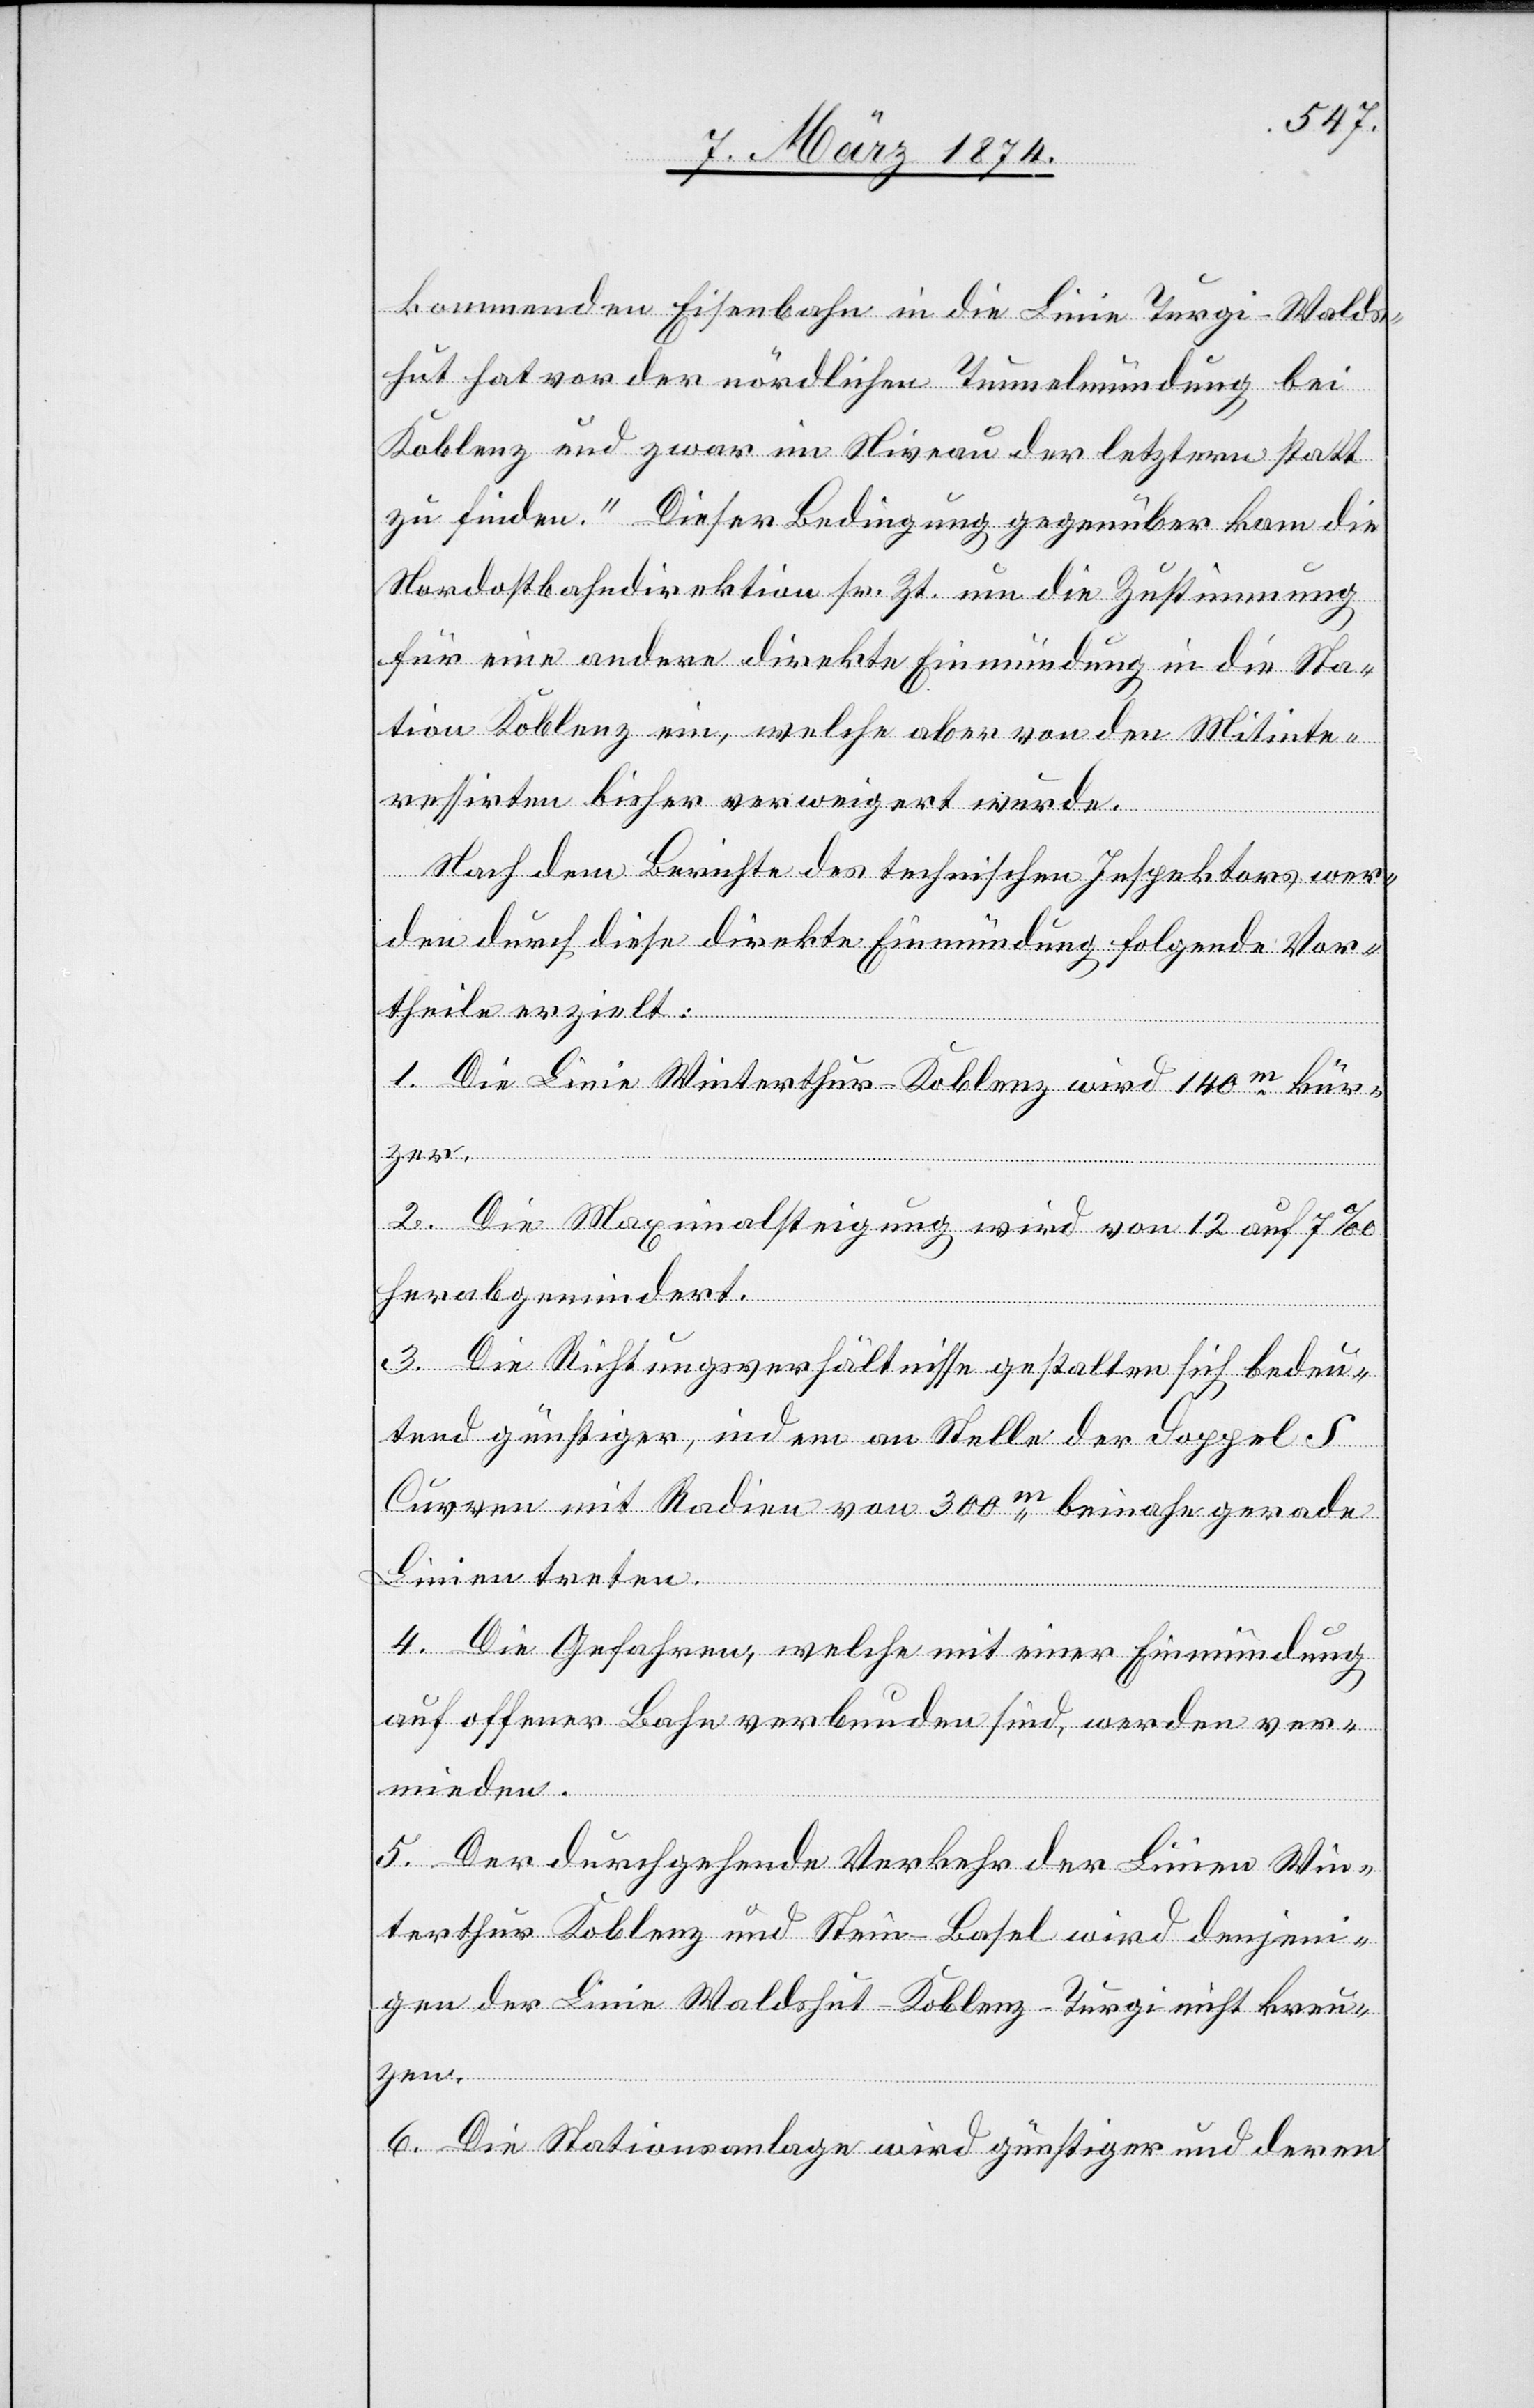
kommenden Eisenbahn in die Linie Turgi-Walds¬
hut hat vor der nördlichen Tunnelmündung bei
Koblenz und zwar im Niveau der letztern statt
zu finden.“ Dieser Bedingung gegenüber kam die
Nordostbahndirektion sr. Zt. um die Zustimmung
für eine andere direkte Einmündung in die Sta¬
tion Koblenz ein, welche aber von den Mitinte¬
ressirten bisher verweigert wurde.
Nach dem Bericht des technischen Inspektors wer¬
den durch diese direkte Einmündung folgende Vor¬
theile erzielt:
1. Die Linie Winterthur-Koblenz wird 140m kür¬
2. Die Maximalsteigung wird von 12 auf 7‰
herabgemindert.
3. Die Richtungsverhältnisse gestalten sich bedeu¬
tend günstiger, indem an Stelle der doppel
Curven mit Radien von 300m beinahe gerade
Linien treten.
4. Die Gefahren, welche mit einer Einmündung
auf offener Bahn verbunden sind, werden ver¬
mieden.
5. Der durchgehende Verkehr der Linie Win¬
terthur Koblenz und Stein-Basel wird denjeni¬
gen der Linie Waldshut-Koblenz-Turgi nicht kreu¬
zen.
6. Die Stationsanlage wird günstiger und deren